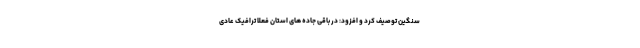
سنگین توصیف کرد و افزود: در باقی جاده های استان فعلاً ترافیک عادی